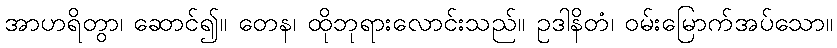
အာဟရိတွာ၊ ဆောင်၍။ တေန၊ ထိုဘုရားလောင်းသည်။ ဥဒါနိတံ၊ ဝမ်းမြောက်အပ်သော။